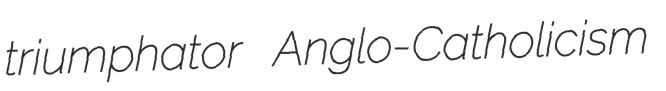
triumphator Anglo-Catholicism